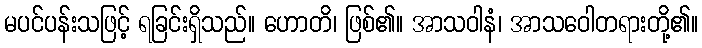
မပင်ပန်းသဖြင့် ရခြင်းရှိသည်။ ဟောတိ၊ ဖြစ်၏။ အာသဝါနံ၊ အာသဝေါတရားတို့၏။